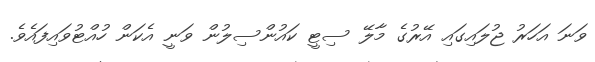
ވަނަ އަހަރު ޖުލައިގައި އޭރުގެ މާލޭ ސިޓީ ކައުންސިލުން ވަނީ އެކަން ހުއްޓުވައިފައެވެ.